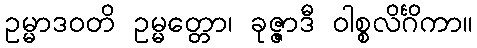
ဥမ္မာဒဝတိ ဥမ္မတ္တော၊ ခုဇ္ဇာဒီ ဝါစ္စလိင်္ဂိကာ။